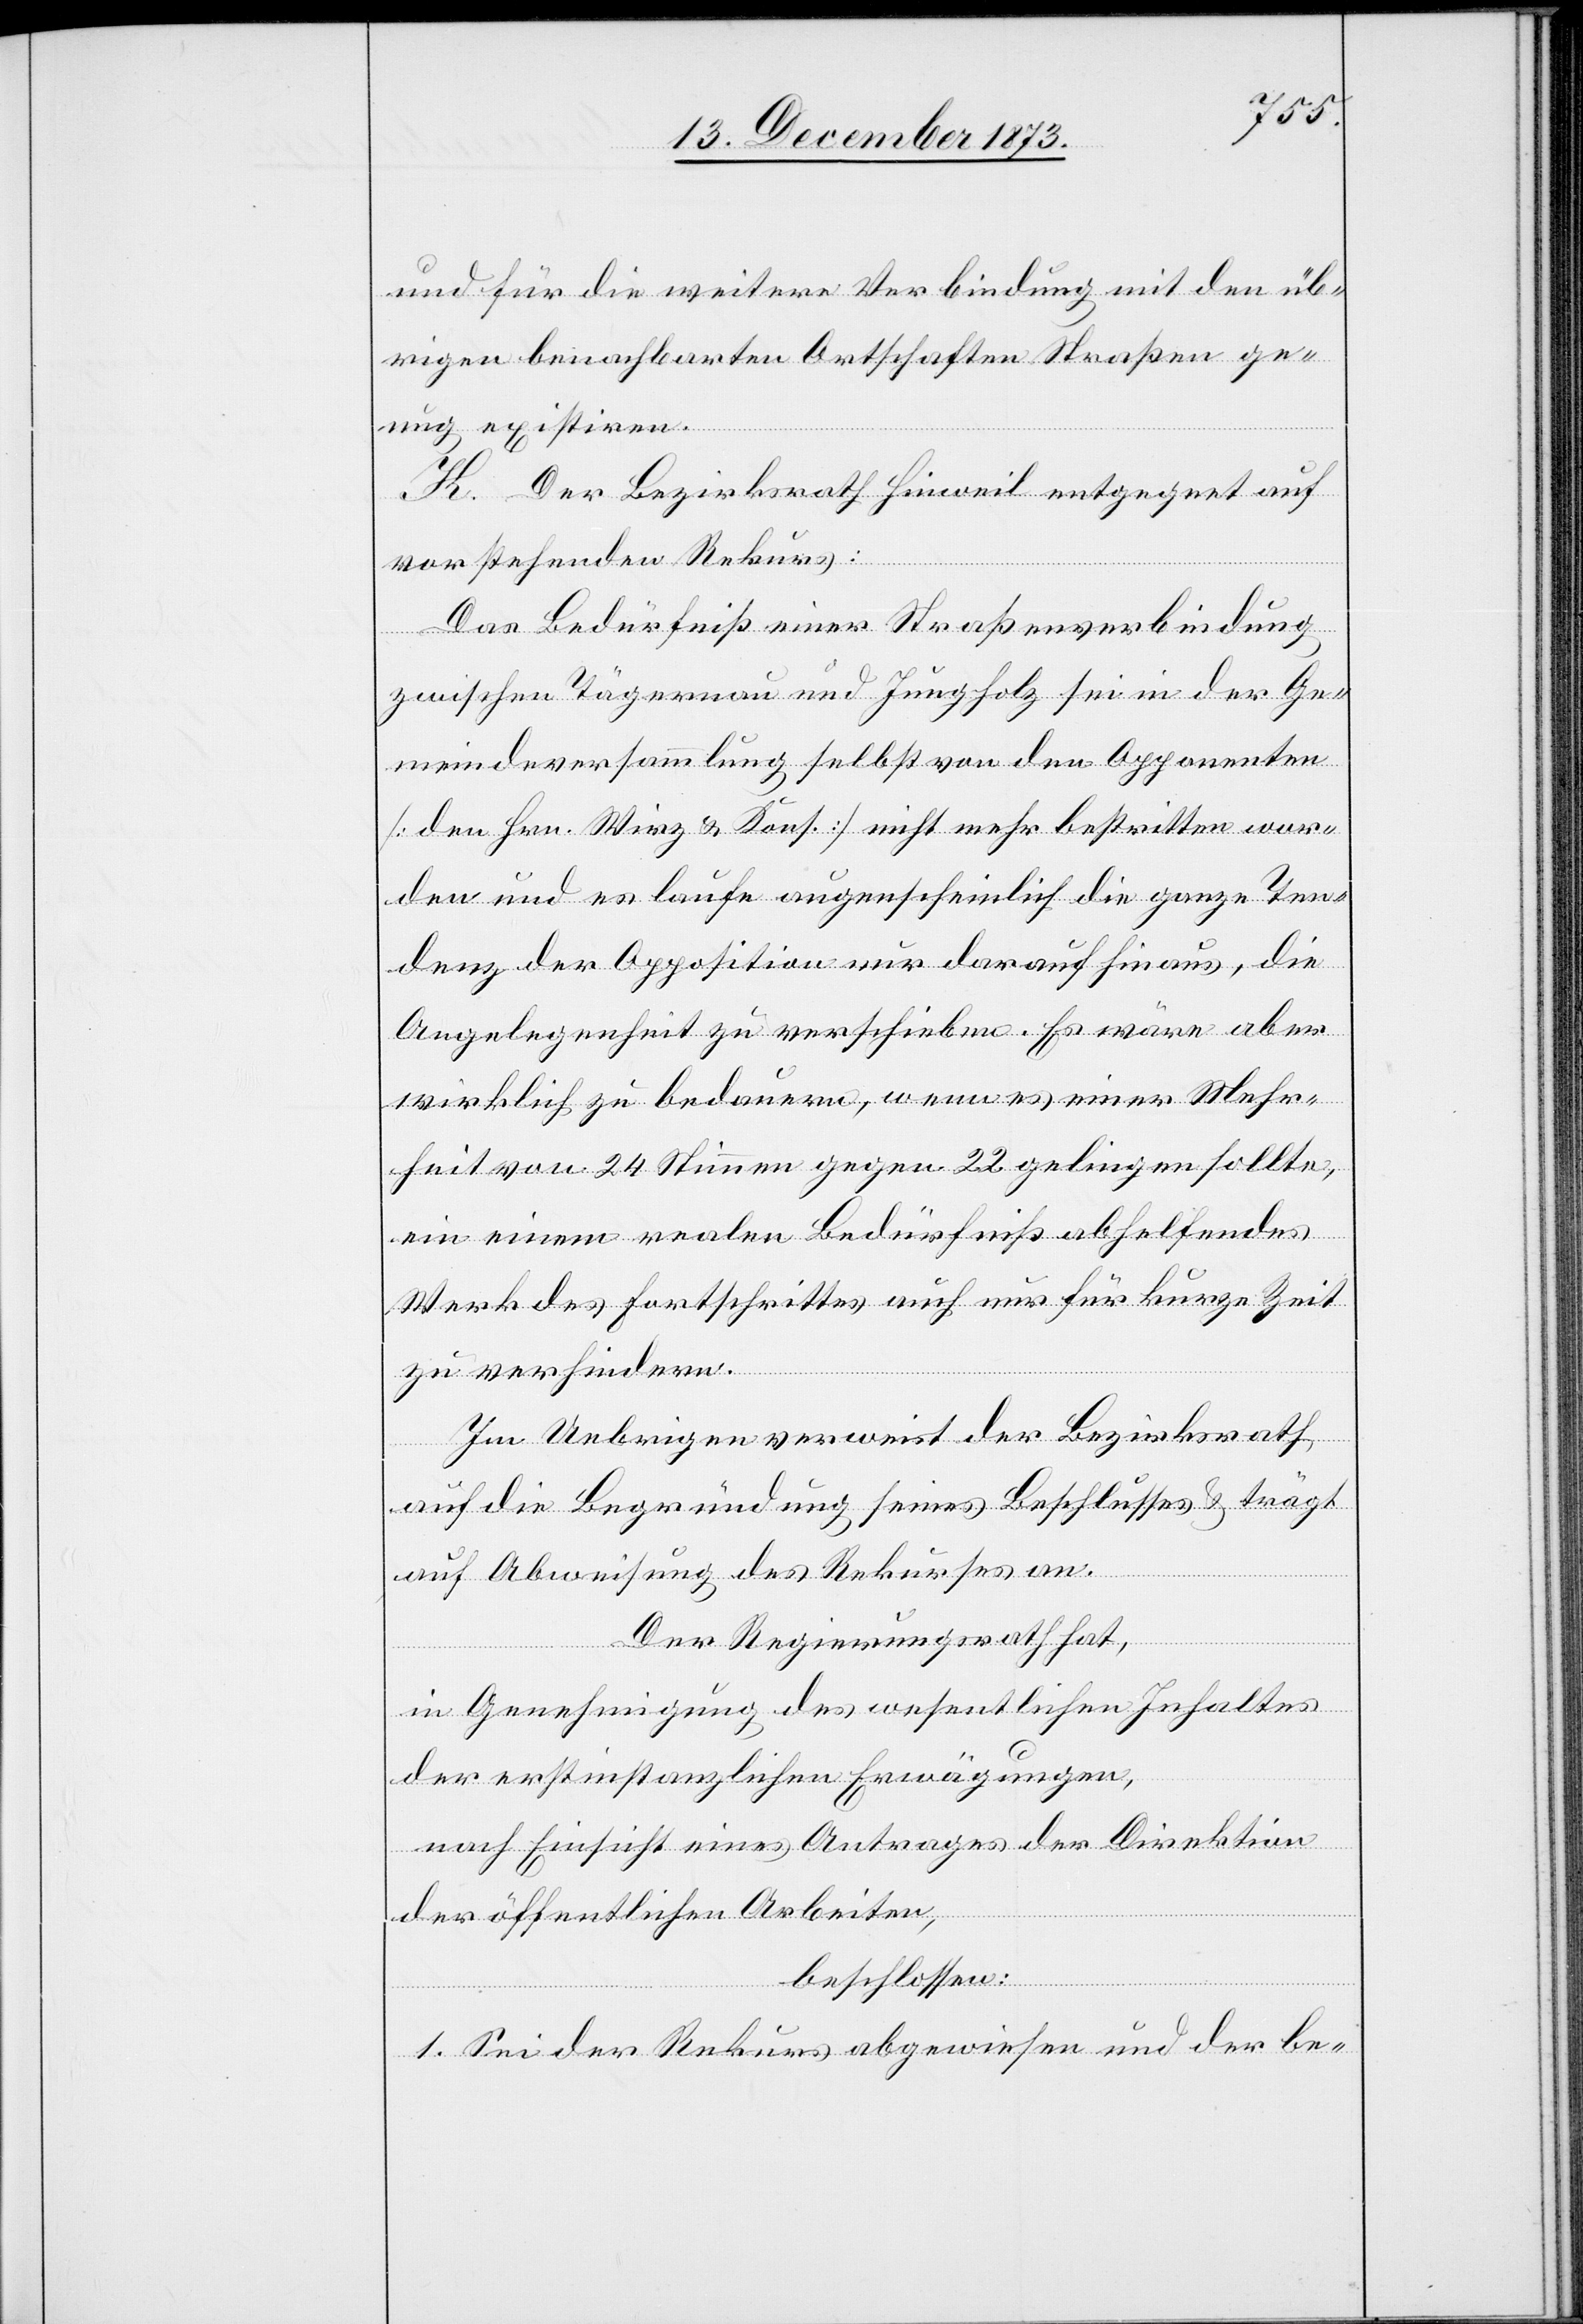
und für die weitere Verbindung mit den übr¬
igen benachbarten Ortschaften Straßen ge¬
nug existiren.
K. Der Bezirksrath Hinweil entgegnet auf
vorstehenden Rekurs:
Das Bedürfniß einer Straßenverbindung
zwischen Tägernau und Jungholz sei in der Ge¬
meindeversammlung selbst von den Opponenten
[den Hrn. Wirz & Kons.] nicht mehr bestritten wor¬
den und es laufe augenscheinlich die ganze Ten¬
denz der Opposition nur darauf hinaus, die
Angelegenheit zu verschieben. Es wäre aber
wirklich zu bedauern, wenn es einer Mehr¬
heit von 24 Stimmen gegen 22 gelingen sollte,
ein einem realen Bedürfniß abhelfendes
Werk des Fortschrittes auch nur für kurze Zeit
zu verhindern.
Im Uebrigen verweist der Bezirksrath
auf die Begründung seines Beschlusse & trägt
auf Abweisung des Rekurses an.
Der Regierungsrath hat,
in Genehmigung des wesentlichen Inhaltes
der erstinstanzlichen Erwägungen,
nach Einsicht eines Antrages der Direktion
der öffentlichen Arbeiten,
beschlossen:
1. Sei der Rekurs abgewiesen und der be-